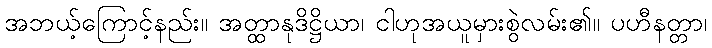
အဘယ့်ကြောင့်နည်း။ အတ္ထာနုဒိဋ္ဌိယာ၊ ငါဟုအယူမှားစွဲလမ်း၏။ ပဟီနတ္တာ၊